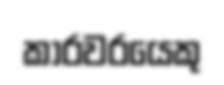
කාරවරයෙකු